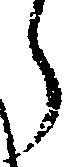
う